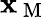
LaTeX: \mathbf{x}_{\mathrm{{~M~}}}